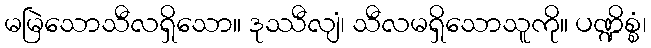
မမြဲသောသီလရှိသော။ ဒုဿီလျံ၊ သီလမရှိသောသူကို။ ပဏ္ဍိစ္စံ၊